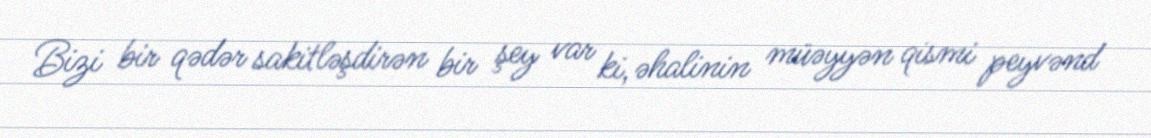
Bizi bir qədər sakitləşdirən bir şey var ki, əhalinin müəyyən qismi peyvənd